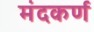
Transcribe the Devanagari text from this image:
मंदकर्ण